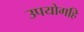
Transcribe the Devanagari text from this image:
उपयोगहि